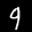
Label: 9